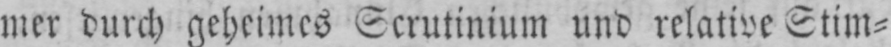
mer durch geheimes Scrutinium und relative Stim⸗